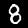
Digit: 8